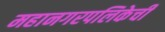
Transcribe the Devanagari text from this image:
महानगरपलिकेची